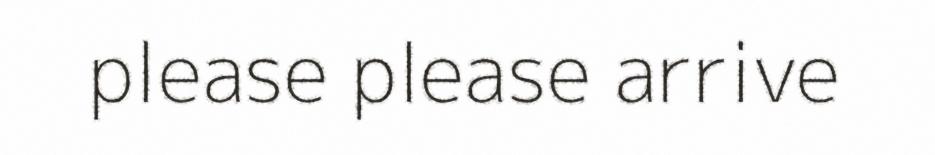
please please arrive